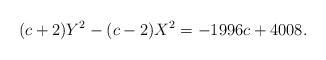
LaTeX: \begin{align*}(c+2)Y^2-(c-2)X^2=-1996c+4008.\end{align*}